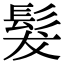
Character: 髮